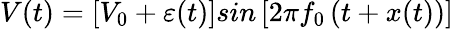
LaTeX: V(t)=\left[V_{0}+\varepsilon(t)\right]sin\left[2\pi f_{0}\left(t+x(t)\right)\right]